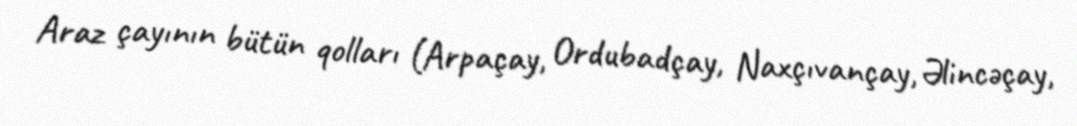
Araz çayının bütün qolları (Arpaçay, Ordubadçay, Naxçıvançay, Əlincəçay,